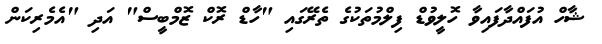
ޝާހް އުފައްދާފައިވާ ހޮލީވުޑް ފިލްމުތަކުގެ ތެރޭގައި "ހާޑް ރޮކް ޒޮމްބީސް" އަދި "އެމެރިކަން